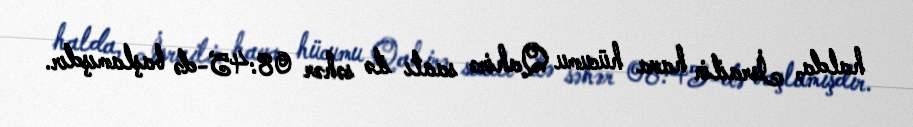
halda, İsrailin hava hücumu Qahirə saatı ilə səhər 08:45-də başlamışdır.